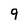
Character: 9